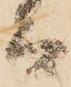
而